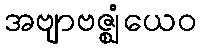
အဗျာဗဇ္ဈံယေဝ